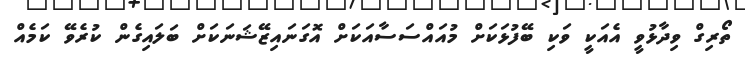
ތޯރިގް ވިދާޅުވީ އެއަކީ ވަކި ބޭފުޅަކަށް މުއައްސަސާއަކަށް އޮގަނައިޒޭޝަނަކަށް ބަލައިގެން ކުރެވޭ ކަމެއް